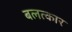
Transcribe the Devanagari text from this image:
बलत्कार